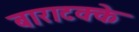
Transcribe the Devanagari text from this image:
बाराटक्के